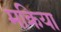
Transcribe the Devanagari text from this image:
मक्रिया